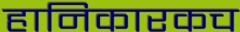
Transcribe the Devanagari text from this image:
हानिकारकच